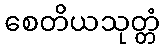
စေတိယသုတ္တံ